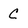
Character: C